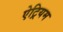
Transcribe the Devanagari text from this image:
ऐट्रियम